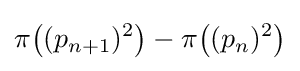
\pi {\big (}(p_{n+1})^{2}{\big )}-\pi {\big (}(p_{n})^{2}{\big )}